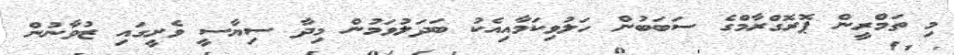
މި ތަމްރީން ޕޮރޮގްރާމްގެ ސަބަބުން ހަލުވިކަމާއިއެކު ބަދަލުވަމުން މިދާ ސިޔާސީ ވެށީގައި ޒުވާނުން